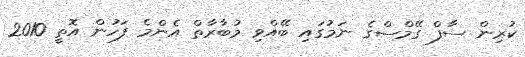
ކުރިން ސާފް ގޭމްސްގެ ނަމުގައި ބޭއްވި މުބާރާތް އެންމެ ފަހުން އޮތީ 2010